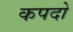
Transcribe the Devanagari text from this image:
कपदो